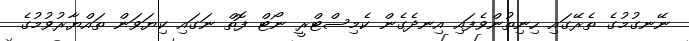
ނޭނގުމުގެ ތެރޭގައި ހިނިތުންވެފައި އިނދެގެން ކެމިސްޓްރީ ނޯޓް ފޮތް ނަގައި ކިޔަވަން ތައްޔާރުވުމުގެ